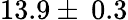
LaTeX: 13.9\pm\: 0.3